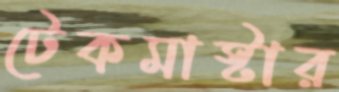
টেকমাস্টার